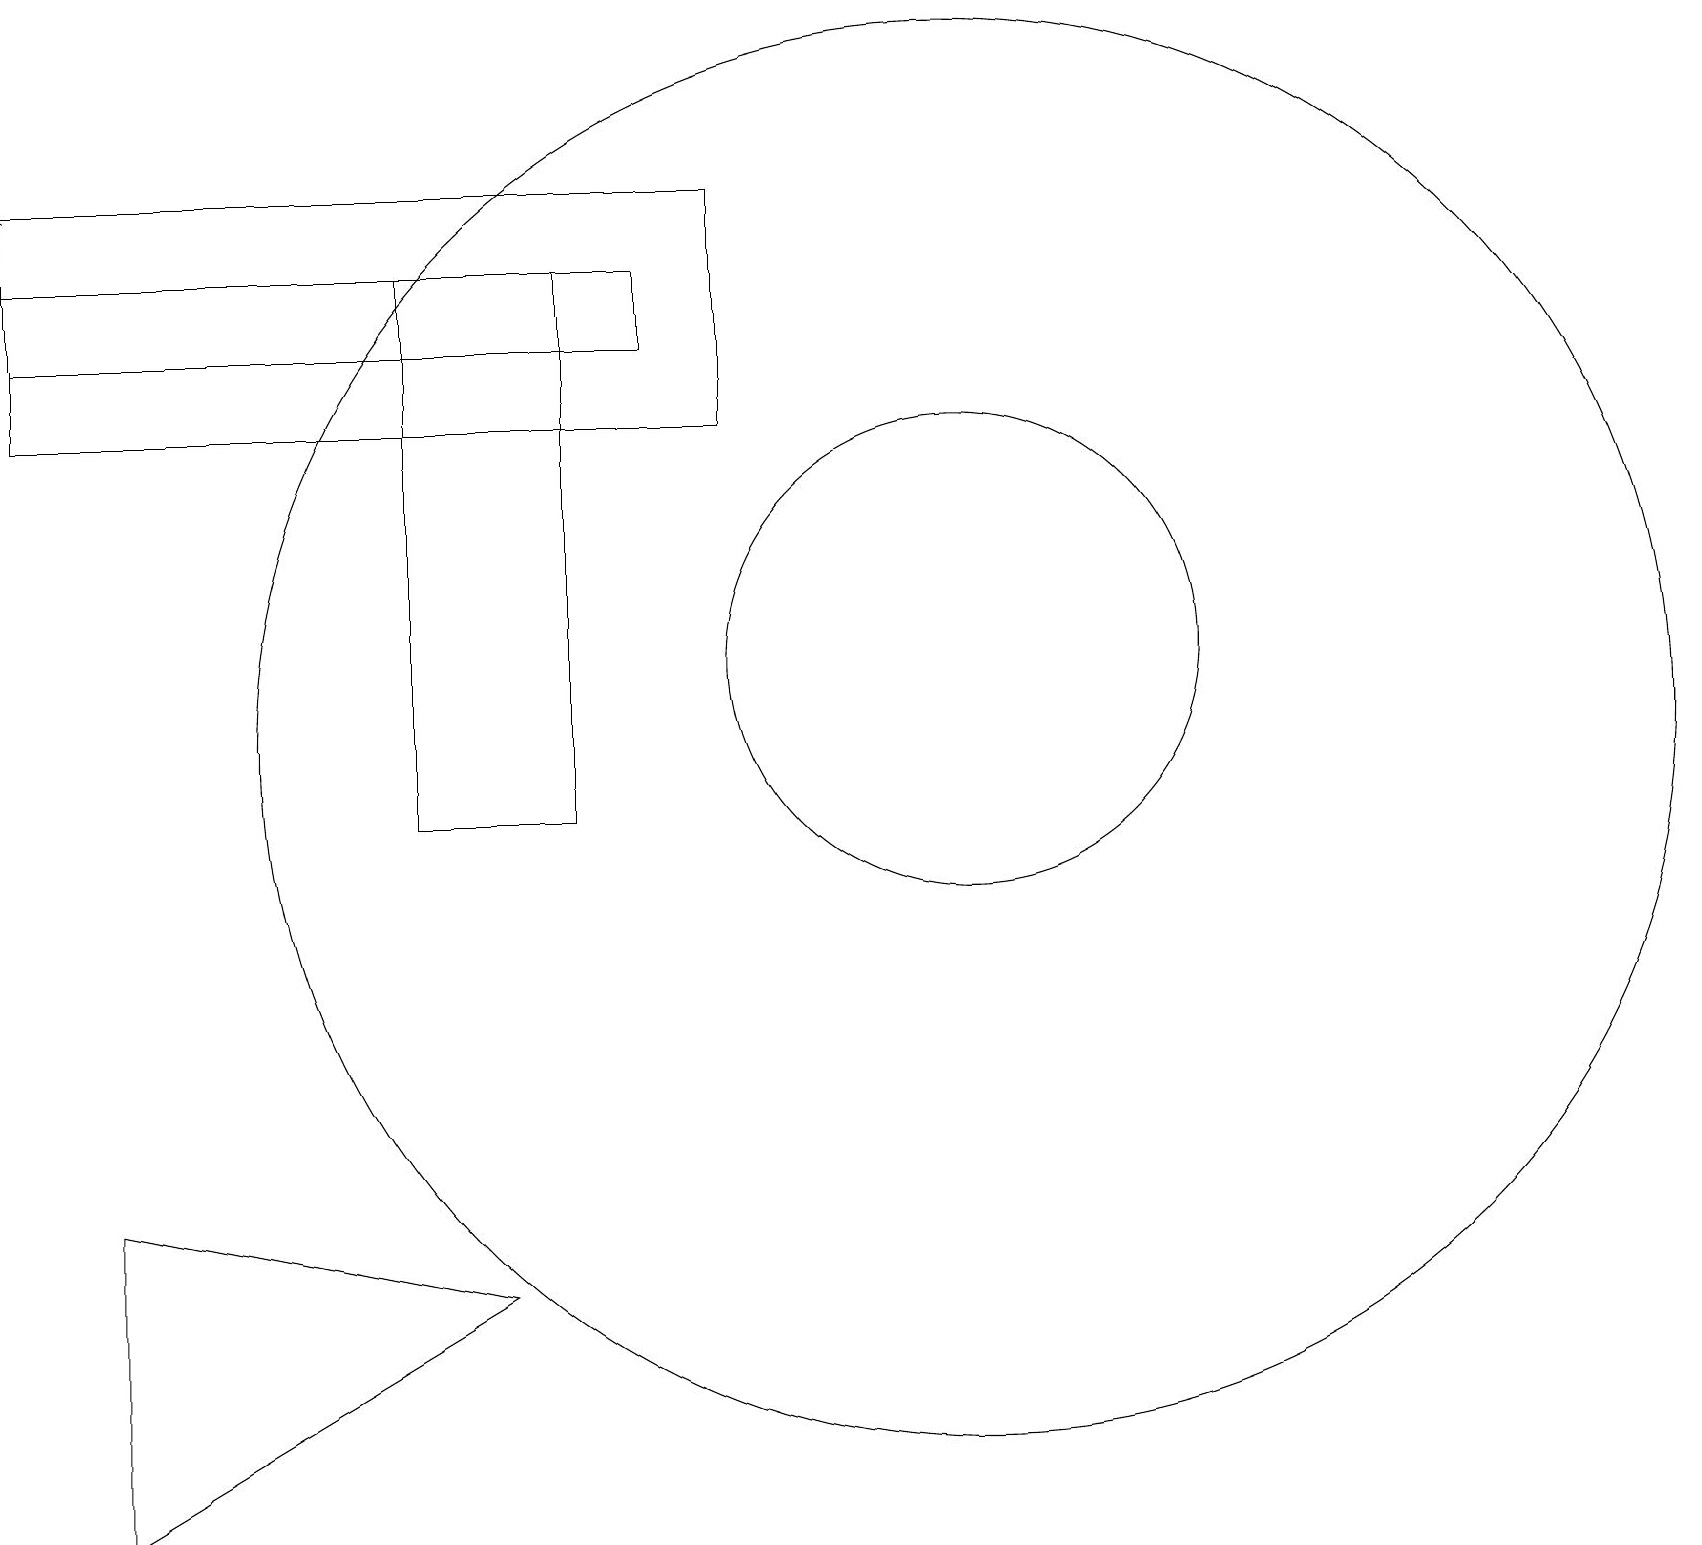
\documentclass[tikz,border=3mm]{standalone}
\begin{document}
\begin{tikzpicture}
\draw (12,11) circle (9);
\draw (8,16) rectangle (0,17);
\draw (6,4) -- (1,5) -- (1,1) -- cycle;
\draw (12,12) circle (3);
\draw (2,15) rectangle (6,15);
\draw[->] (0,17) -- (0,18);
\draw (7,17) rectangle (5,10);
\draw (0,18) rectangle (9,15);
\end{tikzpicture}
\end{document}